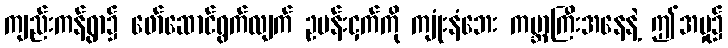
ကျည်းကန်ရွာ၌ ဖော်ဆောင်ရွက်လျက် ဥပန်းငှက်ကို ကျုံးနံဘေး ကမ္ဘာကြီးအနေနဲ့ ဤအမှု၌